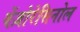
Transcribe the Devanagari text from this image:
बेंज़ोरेसिनोल